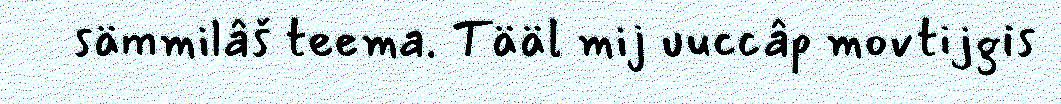
sämmilâš teema. Tääl mij uuccâp movtijgis